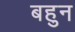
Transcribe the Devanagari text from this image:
बहुन